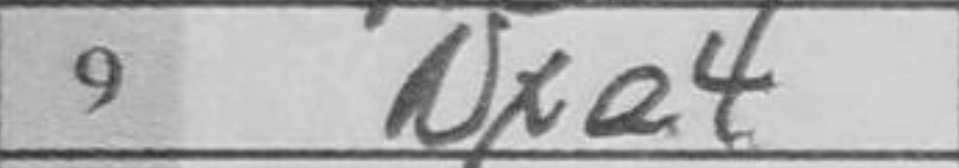
Transcription: Nxe4